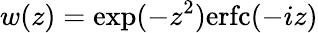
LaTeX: w(z)=\exp(-z^{2})\mathrm{erfc}(-iz)